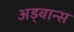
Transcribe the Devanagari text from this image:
अड्वान्स